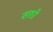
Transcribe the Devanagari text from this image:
सशी